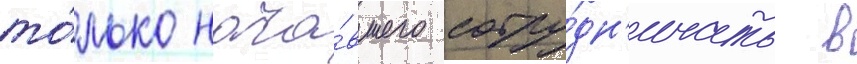
то́лько нача́вшего сотру́дн'ичать в